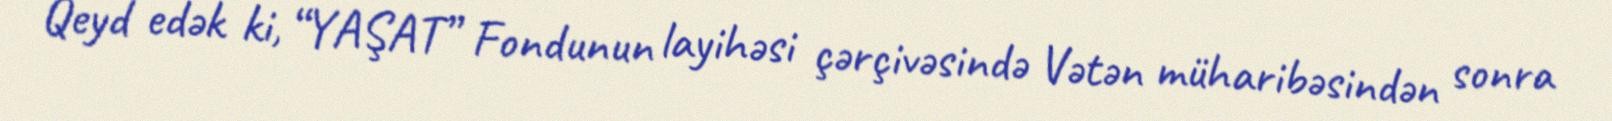
Qeyd edək ki, “YAŞAT” Fondunun layihəsi çərçivəsində Vətən müharibəsindən sonra